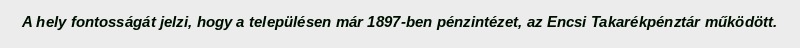
A hely fontosságát jelzi, hogy a településen már 1897-ben pénzintézet, az Encsi Takarékpénztár működött.